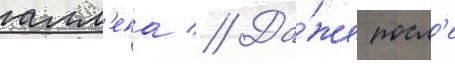
алл'ена // Да́же посл'е